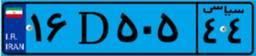
۸۴D۰۹۶۸۹